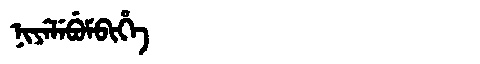
Manchu: ᠨᡳᠶᡝᠯᡝᠪᡠᠮᠪᡳᡥᡝ
Romanization: NIYELEBUMBIHE